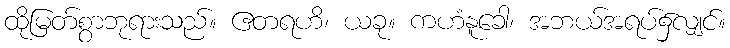
ထိုမြတ်စွာဘုရားသည်။ ဧတရဟိ၊ ယခု။ ကဟံနူခေါ၊ အဘယ်အရပ်၌လျှင်။